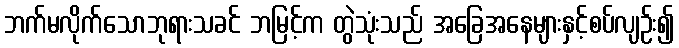
ဘက်မလိုက်သောဘုရားသခင် ဘမြင့်က တွဲသုံးသည် အခြေအနေများနှင့်စပ်လျဉ်း၍